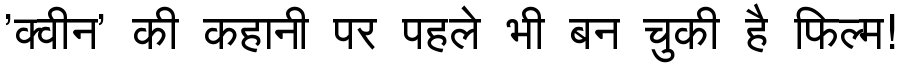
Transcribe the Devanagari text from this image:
'क्वीन' की कहानी पर पहले भी बन चुकी है फिल्म!